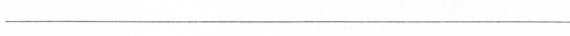
______________________